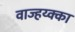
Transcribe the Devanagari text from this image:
वाज्हय्क्का